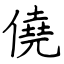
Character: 僥